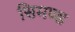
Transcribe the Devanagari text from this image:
सिमण्ड